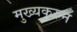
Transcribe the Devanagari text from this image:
मुख्यकरुन